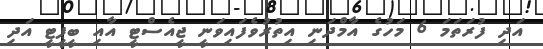
އަދި ފުރަތަމަ 6 މަހުގެ އާމްދަނި އިތުރުވެފައިވަނީ ޖީއެސްޓީ އާއި ބީޕީޓީ އަދި